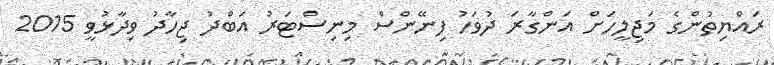
ރައްޔިތުންގެ މަޖިލީހަށް އަންގާރަ ދުވަހު ފިނޭންސް މިނިސްޓަރު އަބްދު ޖިހާދު ވިދާޅުވީ 2015